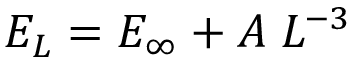
E _ { L } = E _ { \infty } + A \; L ^ { - 3 }